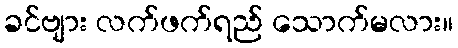
ခင်ဗျား လက်ဖက်ရည် သောက်မလား။